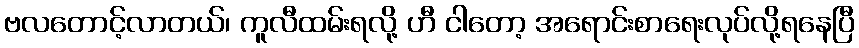
ဗလတောင့်လာတယ်၊ ကူလီထမ်းရလို့ ဟီ ငါတော့ အရောင်းစာရေးလုပ်လို့ရနေပြီ